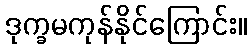
ဒုက္ခမကုန်နိုင်ကြောင်း။